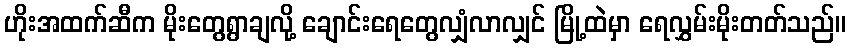
ဟိုးအထက်ဆီက မိုးတွေရွာချလို့ ချောင်းရေတွေလျှံလာလျှင် မြို့ထဲမှာ ရေလွှမ်းမိုးတတ်သည်။